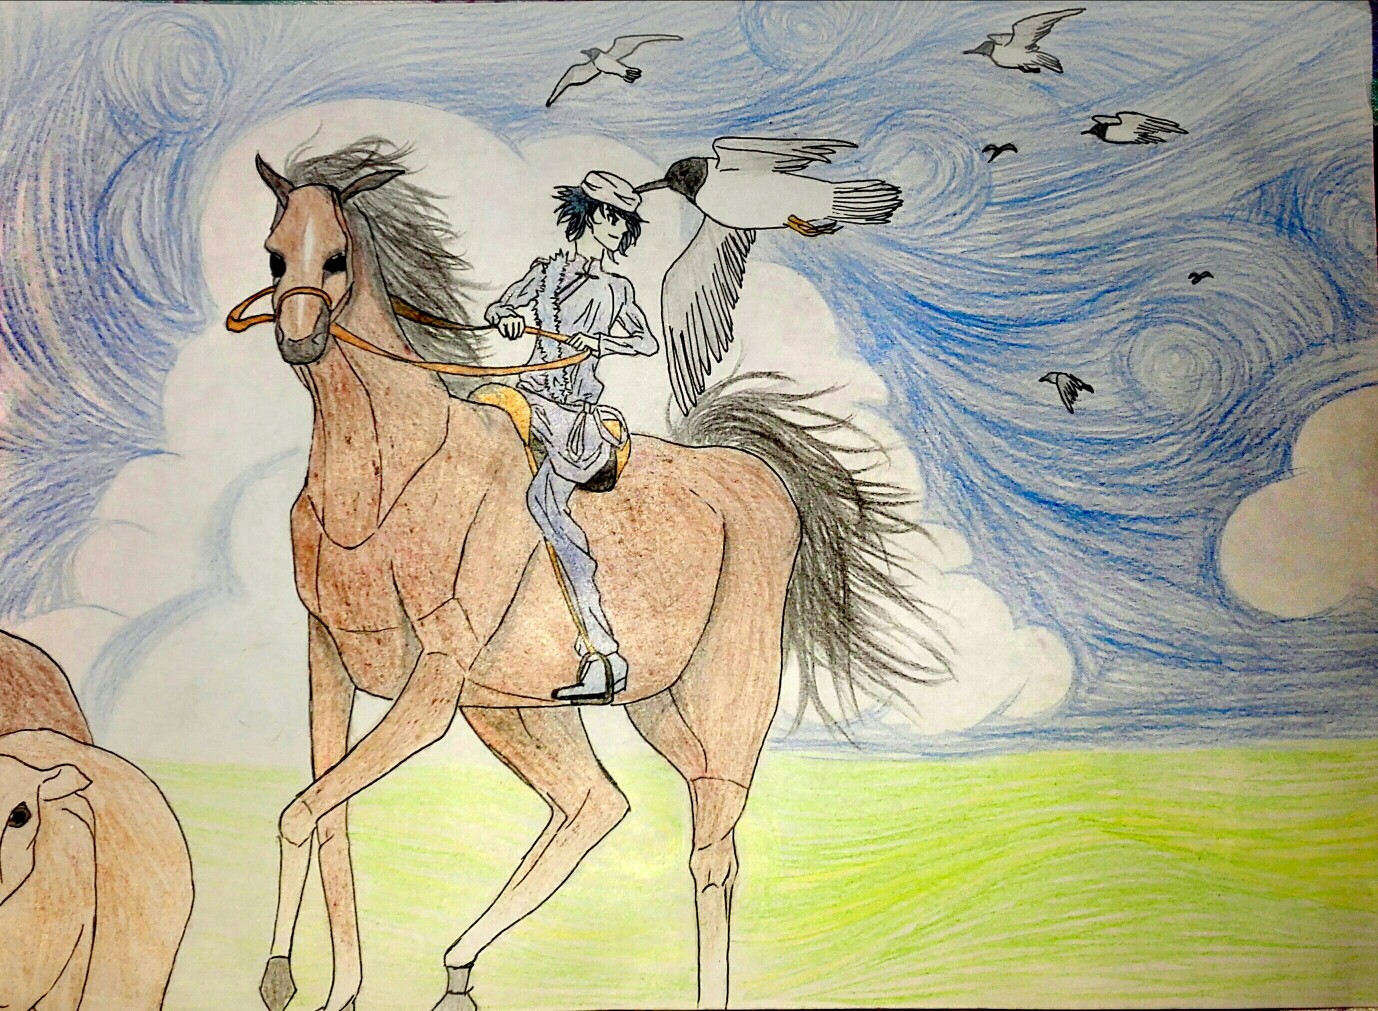
牧人驱犊返，猎马带禽归。